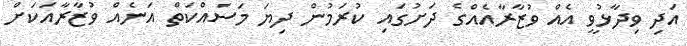
އަދި ވިދާޅުވީ އެއް ވުޒާރާއެއްގެ ދަށުގައި ކުރަމުން ދިޔަ މަސައްކަތް އަނެއް ވުޒާރާއަކަށް